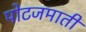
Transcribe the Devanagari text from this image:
पोटजमाती